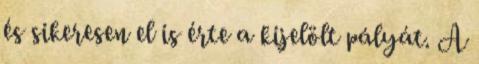
és sikeresen el is érte a kijelölt pályát. A